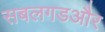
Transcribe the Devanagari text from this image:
सबलगडऔर